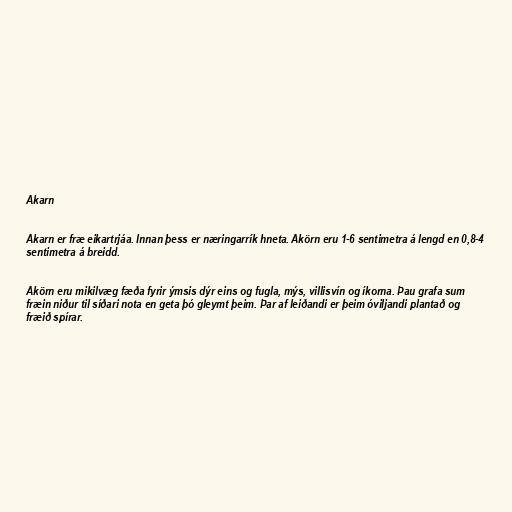
Akarn

Akarn er fræ eikartrjáa. Innan þess er næringarrík hneta. Akörn eru 1-6 sentimetra á lengd en 0,8-4
sentimetra á breidd.

Akörn eru mikilvæg fæða fyrir ýmsis dýr eins og fugla, mýs, villisvín og íkorna. Þau grafa sum
fræin niður til síðari nota en geta þó gleymt þeim. Þar af leiðandi er þeim óviljandi plantað og
fræið spírar.